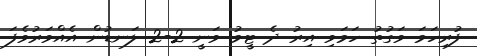
ފުރިހަމަ ވަގުތު ހަމަވި އިރު ދެ ޓީމު ވަނީ 2-2 ލަނޑުން އެއްވަރުވެފަ